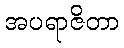
အပရာဇိတာ